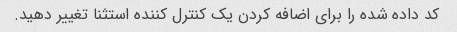
کد داده شده را برای اضافه کردن یک کنترل کننده استثنا تغییر دهید.